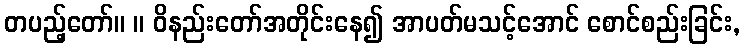
တပည့်တော်။ ။ ဝိနည်းတော်အတိုင်းနေ၍ အာပတ်မသင့်အောင် စောင်စည်းခြင်း,